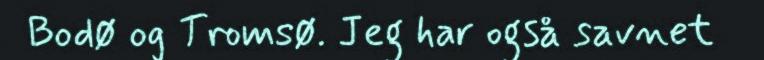
Bodø og Tromsø. Jeg har også savnet